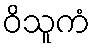
ဝိသူကံ